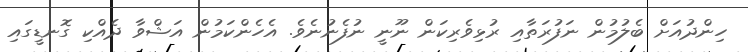
ހިންދުއަށް ބެލުމުން ނަފުރަތާއި ރުޅިވެރިކަން ނޫނީ ނުފެނުނެވެ. އެހެންކަމުން އަޝްވާ ދެއްކި ގޮނޑީގައި